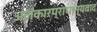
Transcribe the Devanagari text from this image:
अलंकारप्राधान्यवाद